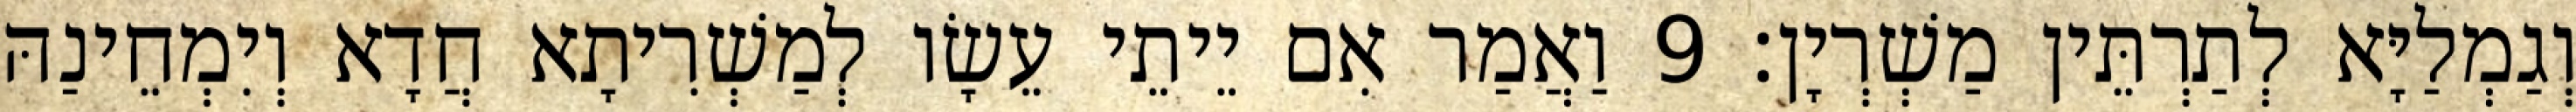
וְגַמְלַיָּא לְתַרְתֵּין מַשְׁרְיָן׃ 9 וַאֲמַר אִם יֵיתֵי עֵשָׂו לְמַשְׁרִיתָא חֲדָא וְיִמְחֵינַהּ